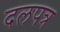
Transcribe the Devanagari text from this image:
दलपत्र